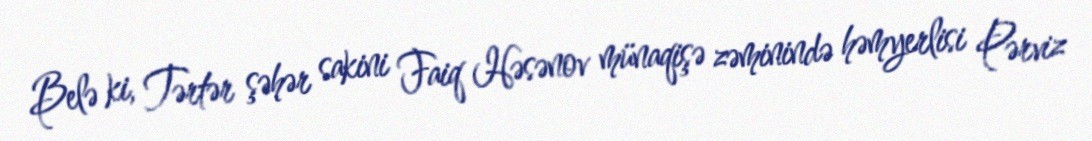
Belə ki, Tərtər şəhər sakini Faiq Həsənov münaqişə zəminində həmyerlisi Pərviz